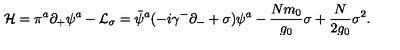
{ \cal H } = \pi ^ { a } \partial _ { + } \psi ^ { a } - { \cal L } _ { \sigma } = \bar { \psi } ^ { a } ( - i \gamma ^ { - } \partial _ { - } + \sigma ) \psi ^ { a } - { \frac { N m _ { 0 } } { g _ { 0 } } } \sigma + { \frac { N } { 2 g _ { 0 } } } \sigma ^ { 2 } .